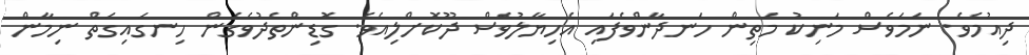
ދިއުމެވެ. ނަމަވެސް މަނިކު މަތިން ހަނދާންވެފައި އެހިޔާލުވެސް ދޫކޮށްލިއެވެ. ގޮޑިންތެދުވެގެން ހިނގައިގަތް ނިމާން